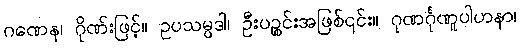
ဂဏေန၊ ဂိုဏ်းဖြင့်။ ဥပသမ္ပဒါ၊ ဦးပဉ္စင်းအဖြစ်၎င်း။ ဂုဏင်္ဂုဏူပါဟနာ၊